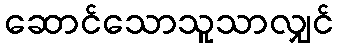
ဆောင်သောသူသာလျှင်